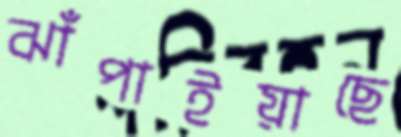
ঝাঁপাইয়াছে